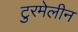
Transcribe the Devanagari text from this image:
टुरमेलीन